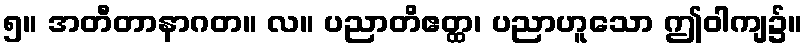
၅။ အတီတာနာဂတ။ လ။ ပညာတိဧတ္ထ၊ ပညာဟူသော ဤဝါကျ၌။